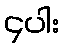
၄ပါး